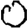
Digit: 0